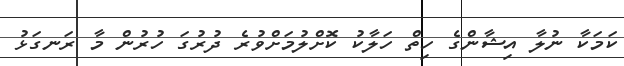
ކަމަކާ ނުލާ އިޝާންގެ ހިތް ހަލާކު ކޮށްލުމަށްވުރެ ދުރުގަ ހުރުން މާ ރަނގަޅު